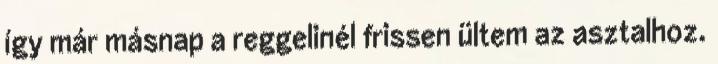
így már másnap a reggelinél frissen ültem az asztalhoz.